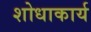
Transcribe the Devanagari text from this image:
शोधाकार्य